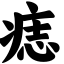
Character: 痣